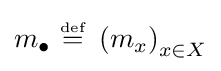
m_{\bullet }~{\stackrel {\scriptscriptstyle {\text{def}}}{=}}~\left(m_{x}\right)_{x\in X}